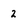
Character: 2